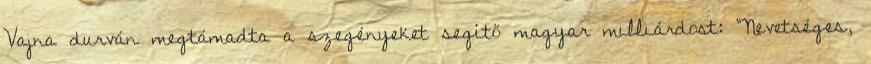
Vajna durván megtámadta a szegényeket segítő magyar milliárdost: "Nevetséges,